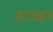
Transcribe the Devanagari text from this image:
हताक्षर